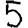
Digit: 5